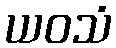
ယဝသံ